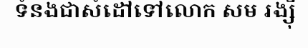
ទំនងជាសំដៅទៅលោក សម រង្ស៊ី